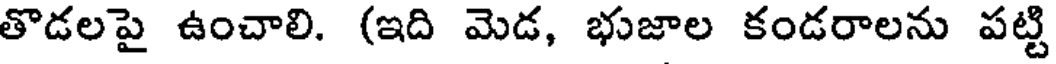
తొడలపై ఉంచాలి. (ఇది మెడ, భుజాల కండరాలను పట్టి